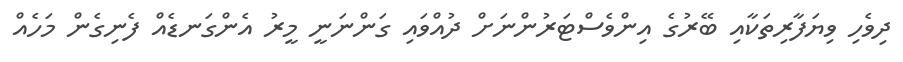
ދިވެހި ވިޔަފާރިތަކާއި ބޭރުގެ އިންވެސްޓަރުންނަށް ދުއްވައި ގަންނަނީ މީރު އެންގަނޑެއް ފެނިގެން މަހެއް